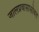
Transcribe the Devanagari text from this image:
जालप्रवासासोबत